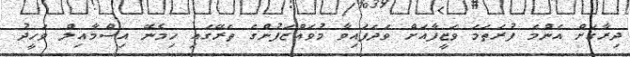
ދިރާގަށް އެންމެ ފުރަތަމަ ވަޒީފާއަށް ވަދެފައިވާ މުވައްޒަފުންގެ ތެރޭގައި ހިމެނޭ އިސްމާއިލް ވަހީދު